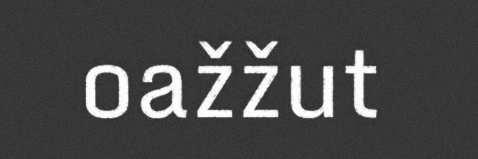
oažžut